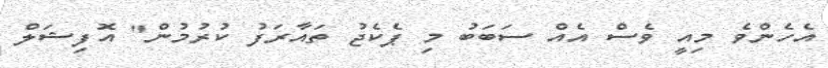
އެހެންވެ މިއީ ވެސް އެއް ސަބަބު މި ޕެކެޖު ތައާރަފު ކުރުމުން" އޮފިޝަލް